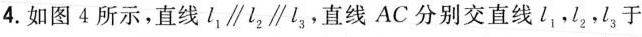
4.如图4所示，直线l_{1}∥l_{2}∥l_{3}，直线AC分别交直线l_{1}，l_{2}，l_{3}于